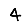
Digit: 4